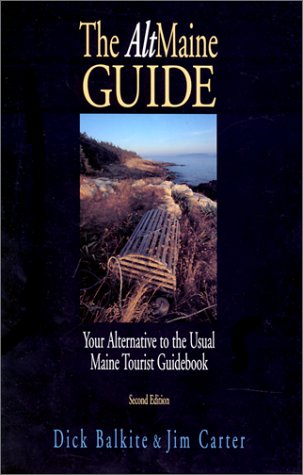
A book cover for The Altmaine Guide: Your Alternative to the Usual Maine Tourist Guidebook; Dick Balkite; Travel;